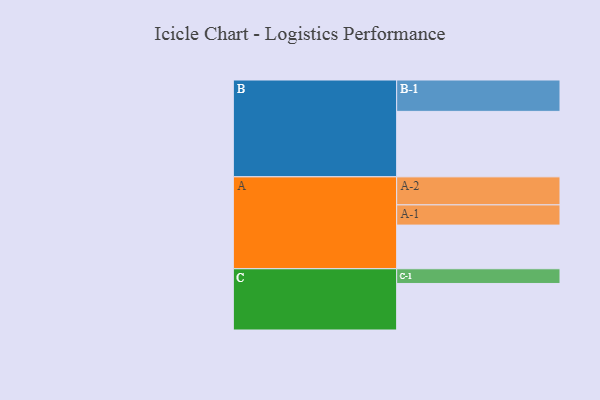
{"axis": {"x": "Segment", "y": "Value"}, "legend": ["", "A", "B", "C"], "data": [{"x": "A", "y": 380, "type": ""}, {"x": "B", "y": 570, "type": ""}, {"x": "C", "y": 405, "type": ""}, {"x": "A-1", "y": 176, "type": "A"}, {"x": "A-2", "y": 244, "type": "A"}, {"x": "B-1", "y": 273, "type": "B"}, {"x": "C-1", "y": 128, "type": "C"}]}